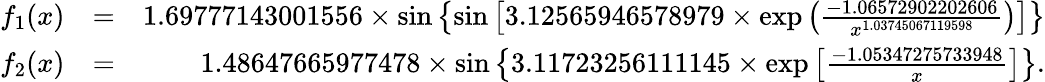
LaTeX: \begin{array}{rlr}{f_{1}(x)}&{=}&{1.69777143001556\times\sin\left\{ \sin\left[3.12565946578979\times\exp\left(\frac{-1.06572902202606}{x^{1.03745067119598}}\right)\right]\right\} }\\ {f_{2}(x)}&{=}&{1.48647665977478\times\sin\left\{ 3.11723256111145\times\exp\left[\frac{-1.05347275733948}{x}\right]\right\} .}\end{array}